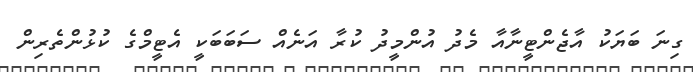
ގިނަ ބަޔަކު އާޖެންޓީނާއާ މެދު އުންމީދު ކުރާ އަނެއް ސަބަބަކީ އެޓީމްގެ ކުޅުންތެރިން